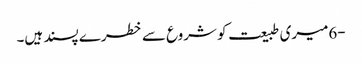
-6میری طبیعت کو شروع سے خطرے پسند ہیں۔